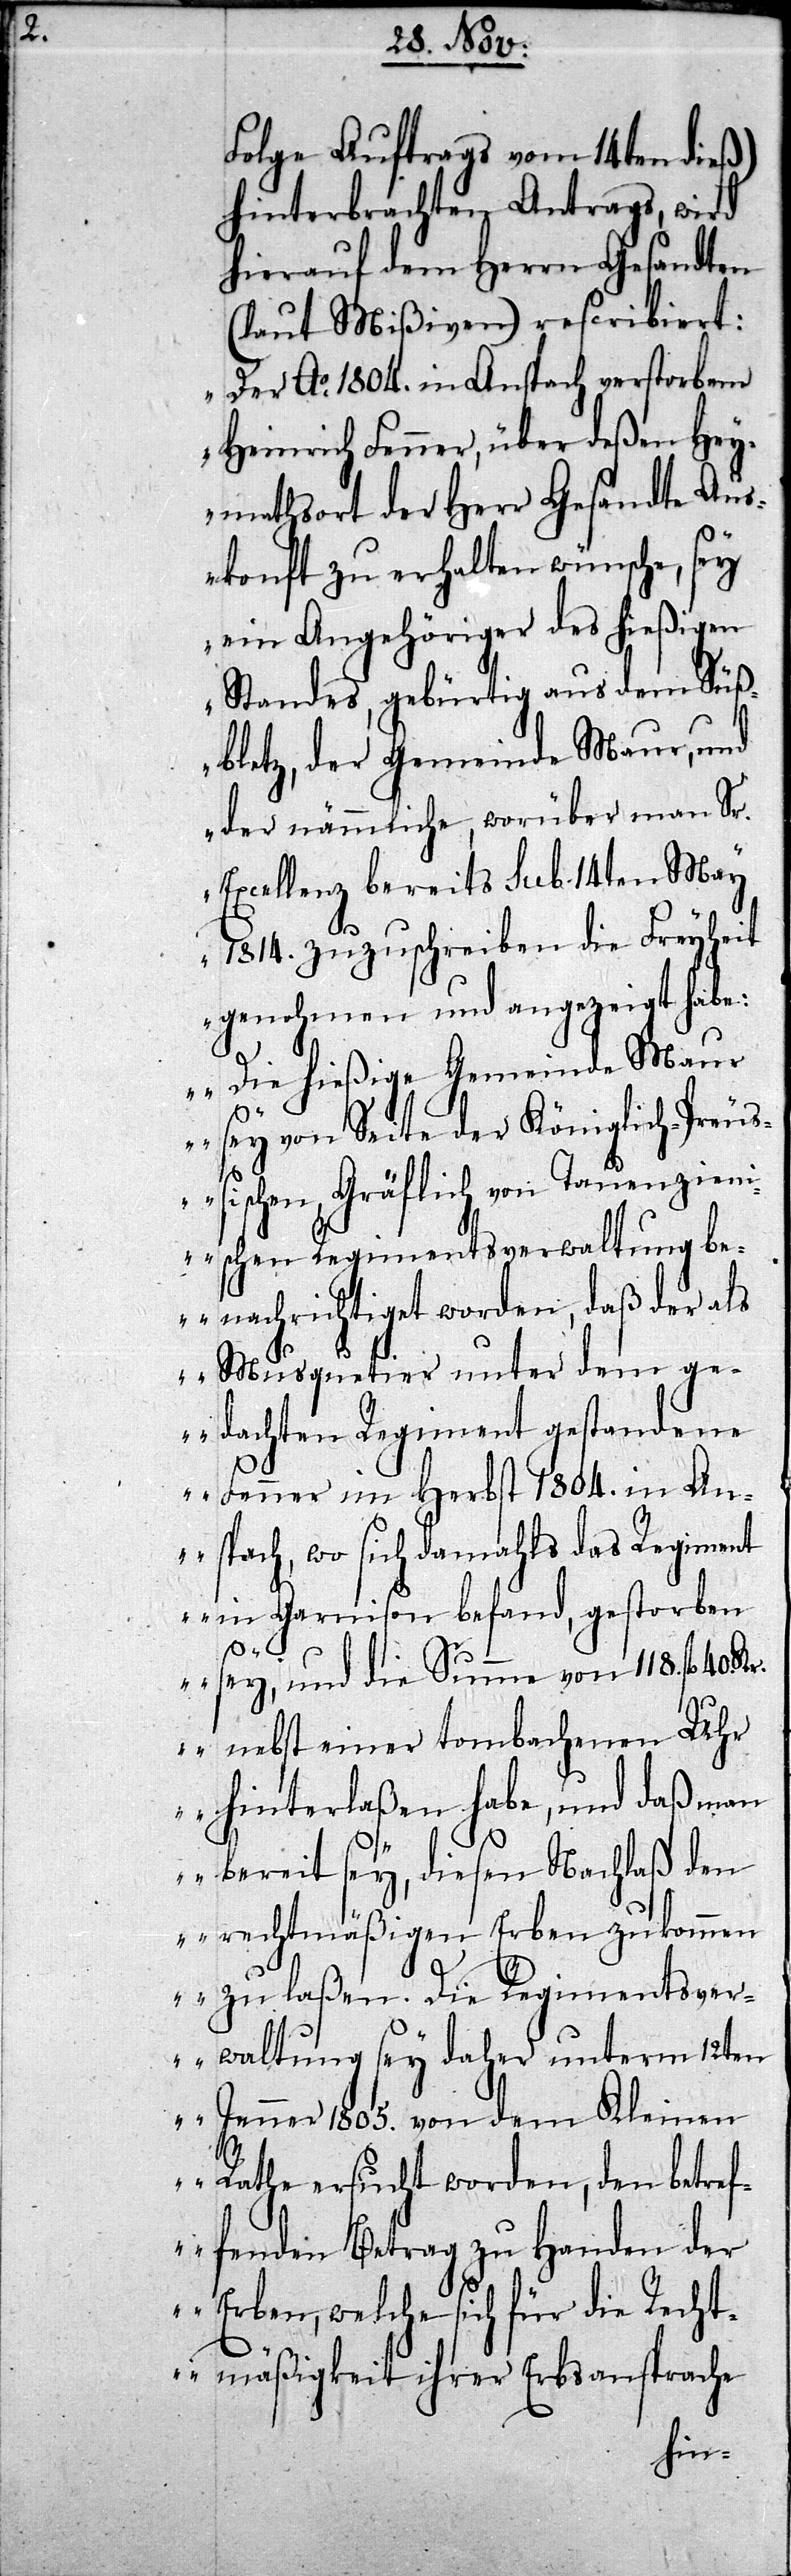
Folge Auftrags vom 14ten dieß)
hinterbrachten Antrags, wird
hierauf dem Herrn Gesandten
(laut Mißiven) rescribiert:
„Der Ao 1804. in Anspach verstorbene
Heinrich Fenner, über deßen Hey¬
mathsort der Herr Gesandte Aus¬
konft zu erhalten wünsche, sey
ein Angehöriger des hießigen
Standes, gebürtig aus dem Süß¬
bletz, der Gemeinde Maur, und
der nämmliche, worüber man Sr.
Excellenz bereis sub 14ten May
1814. zuzuschreiben die Freyheit
genohmen und angezeigt habe:
„Die hießige Gemeinde Maur
sey von Seite der Königlich-Preuß¬
ischen, Gräflich von Tauenzien¬
ischen Regimentsverwaltung be¬
nachrichtiget worden, daß der als
Musquetier unter dem g¬
edachten Regiment gestandene
Fenner im Herbst 1804. in An¬
spach, wo sich damahls das Regiment
in Garnison befand, gestorben
sey, und die Summe von 118. fl. 40.
Kr. nebst einer tombachenen Uhr
hinterlaßen habe, und daß man
bereit sey, diesen Nachlaß den
rechtmäßigen Erben zukommen
zu laßen. Die Regimentsver¬
waltung sey daher unterm 12ten
Jenner 1805. von dem Kleinen
Rathe ersucht worden, den betref¬
fenden Betrag zu Handen der
Erben, welche sich für die Recht¬
mäßigkeit ihrer Erbsansprache